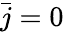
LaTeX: \bar{j}=0